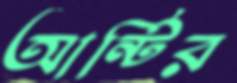
আন্টির